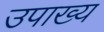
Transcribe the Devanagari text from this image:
उपाख्‍य